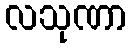
လသုဏာ